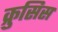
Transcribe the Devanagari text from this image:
क्रुसिस